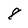
Character: 8